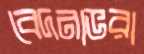
বেদনাভরা